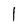
Character: l